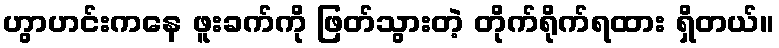
ဟွာဟင်းကနေ ဖူးခက်ကို ဖြတ်သွားတဲ့ တိုက်ရိုက်ရထား ရှိတယ်။